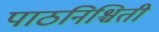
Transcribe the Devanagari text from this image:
पाठनिश्चिती